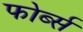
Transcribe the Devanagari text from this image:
फोर्ब्स